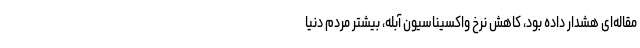
مقاله‌ای هشدار داده بود، کاهش نرخ واکسیناسیون آبله، بیشتر مردم دنیا